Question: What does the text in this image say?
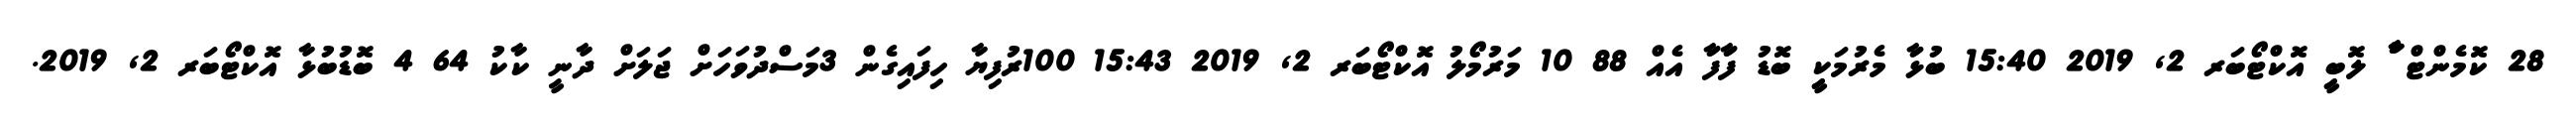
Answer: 28 ކޮމެންޓް ާު ލޮބިީ އޮކްޓޯބަރ 2, 2019 15:40 ބުޅަާ މެރުމަކިީ ބޮޑު ފަާފަާ އެއް 88 10 މަރުމޯލު އޮކްޓޯބަރ 2, 2019 15:43 100ރުފިޔާ ހިފައިގެން 3މަސްދުވަހަށް ޖަލަށް ދާނީ ކާކު 64 4 ބޮޑުބުޅާ އޮކްޓޯބަރ 2, 2019.